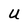
Character: U